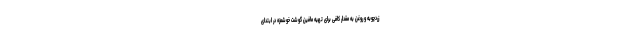
زردچوبه و روغن به مقدار کافی برای تهیه مافین گوشت خوشمزه در ابتدای